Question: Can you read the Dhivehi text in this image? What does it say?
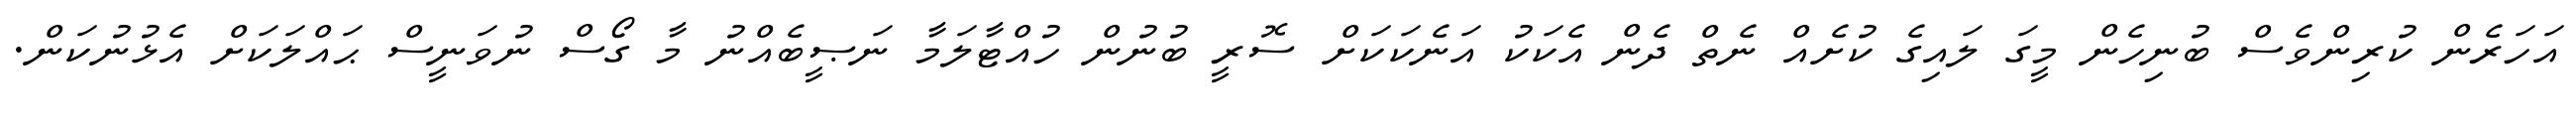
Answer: އަހަރެން ކުރިންވެސް ބުނިހެން މީގަ ލައިގެ ކުށެއް ނެތް ދެން އެކަކު އަނެކަކަށް ސޮރީ ބުނުން ހުއްޓާލަމާ ނަޞީބެއްނު މާ ގޯސް ނުވަނީސް ޙައްލަކަށް އެޅުނުކަން.